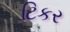
ટિકર